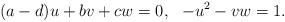
LaTeX: \begin{align*}(a-d)u+bv+cw=0, \ \ -u^2-vw=1.\end{align*}